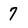
Character: 7